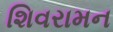
શિવરામન